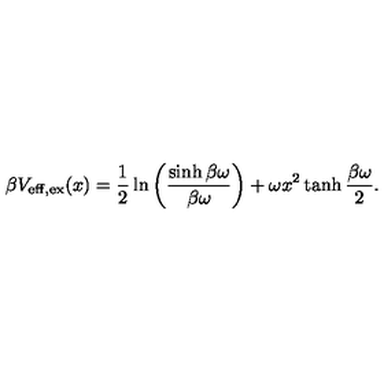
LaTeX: \beta V _ { \mathrm { e f f , e x } } ( x ) = \frac { 1 } { 2 } \ln \left( \frac { \sinh \beta \omega } { \beta \omega } \right) + \omega x ^ { 2 } \tanh \frac { \beta \omega } { 2 } .